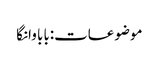
موضوعات:بابا وانگا